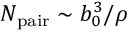
N _ { \mathrm { p a i r } } \sim b _ { 0 } ^ { 3 } / \rho